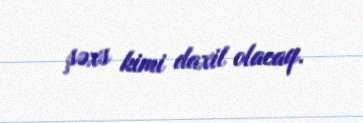
şəxs kimi daxil olacaq.